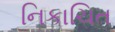
નિકાચિત